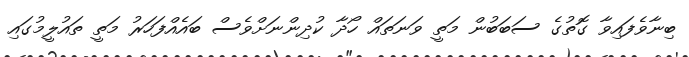
ބިނާވެފައިވާ ގޮތުގެ ސަބަބުން މަތީ ވަނަތައް ހޯދާ ކުދިންނަށްވެސް ބައެއްފަހަރު މަތީ ތައުލީމުގައި